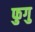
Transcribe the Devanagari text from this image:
फुगु